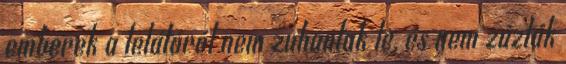
emberek a lelátóról nem zuhantak le, és nem zúzták